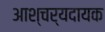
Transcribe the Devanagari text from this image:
आश्चर्यदायक